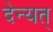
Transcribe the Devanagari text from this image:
देन्यत्